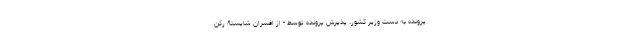
پرونده به دستِ وزیر کشور، پذیرشِ پرونده توسط - از افسرانِ شایستۀ رکن